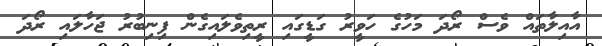
އާއިލާތައް ވެސް ރޯދަ މަހުގެ ހަވީރު ގަޑީގައި ރީތިވެލައިގެން ފިނިބުރު ޖަހާލައި ރޯދަ